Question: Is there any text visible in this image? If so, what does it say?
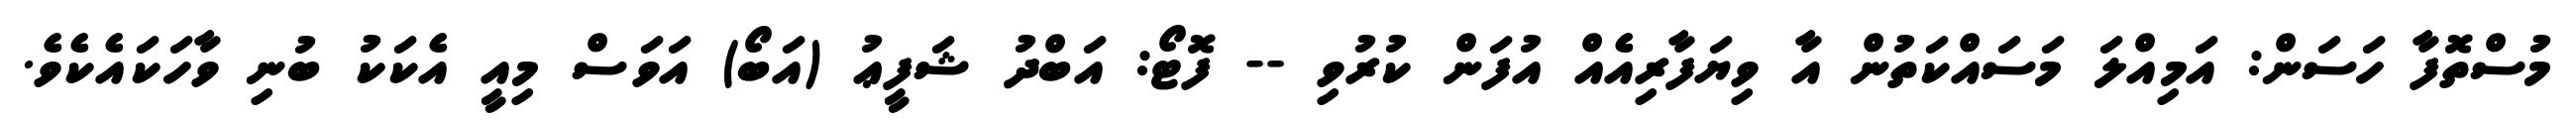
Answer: މުސްތޮފާ ހަސަން: އަމިއްލަ މަސައްކަތުން އާ ވިޔަފާރިއެއް އުފަން ކުރުވި -- ފޮޓޯ: އަބްދު ޝަފީޢު (އަބޯ) އަވަސް މިއީ އެކަކު ބުނި ވާހަކައެކެވެ.